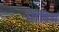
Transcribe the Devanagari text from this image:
भाविसं